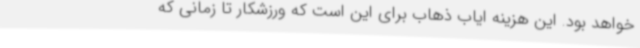
خواهد بود. این هزینه ایاب ذهاب برای این است که ورزشکار تا زمانی که